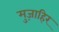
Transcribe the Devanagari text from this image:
मुज़ाहिर